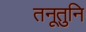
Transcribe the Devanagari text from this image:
तनूतुनि